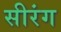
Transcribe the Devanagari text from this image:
सीरंग